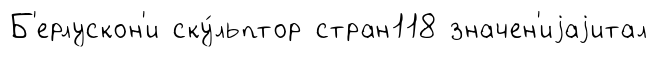
Б'ерлускон'и ску́льптор стран118 значен'иjаjитал